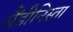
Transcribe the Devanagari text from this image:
सैंडीनिस्ता